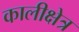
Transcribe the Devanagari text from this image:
कालीक्षेत्र